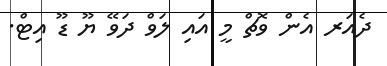
ދެއަަރ އެން ވޮޗް މީ އައި ލަވް ދަވޭ ޔޫ ޑޫ އިޓް.